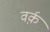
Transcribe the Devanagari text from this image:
वर्क़